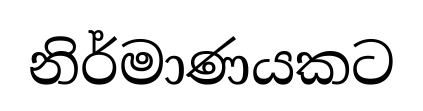
නිර්මාණයකට